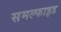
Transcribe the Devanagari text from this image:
समल्फाइड